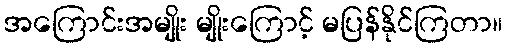
အကြောင်းအမျိုး မျိုးကြောင့် မပြန်နိုင်ကြတာ။